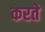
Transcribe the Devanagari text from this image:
करते